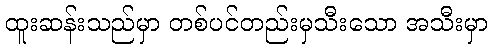
ထူးဆန်းသည်မှာ တစ်ပင်တည်းမှသီးသော အသီးမှာ